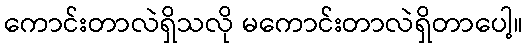
ကောင်းတာလဲရှိသလို မကောင်းတာလဲရှိတာပေါ့။